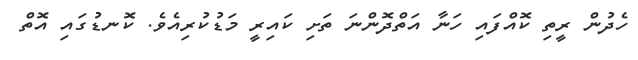
ހެދުން ރީތި ކޮއްފައި ހަނާ އަތްދޮންނަ ތަށި ކައިރީ މަޑުކުރިއެވެ. ކޮނޑުގައި އޮތް